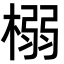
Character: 榒